Vana-Vandra_vallavalitsus, lk 40
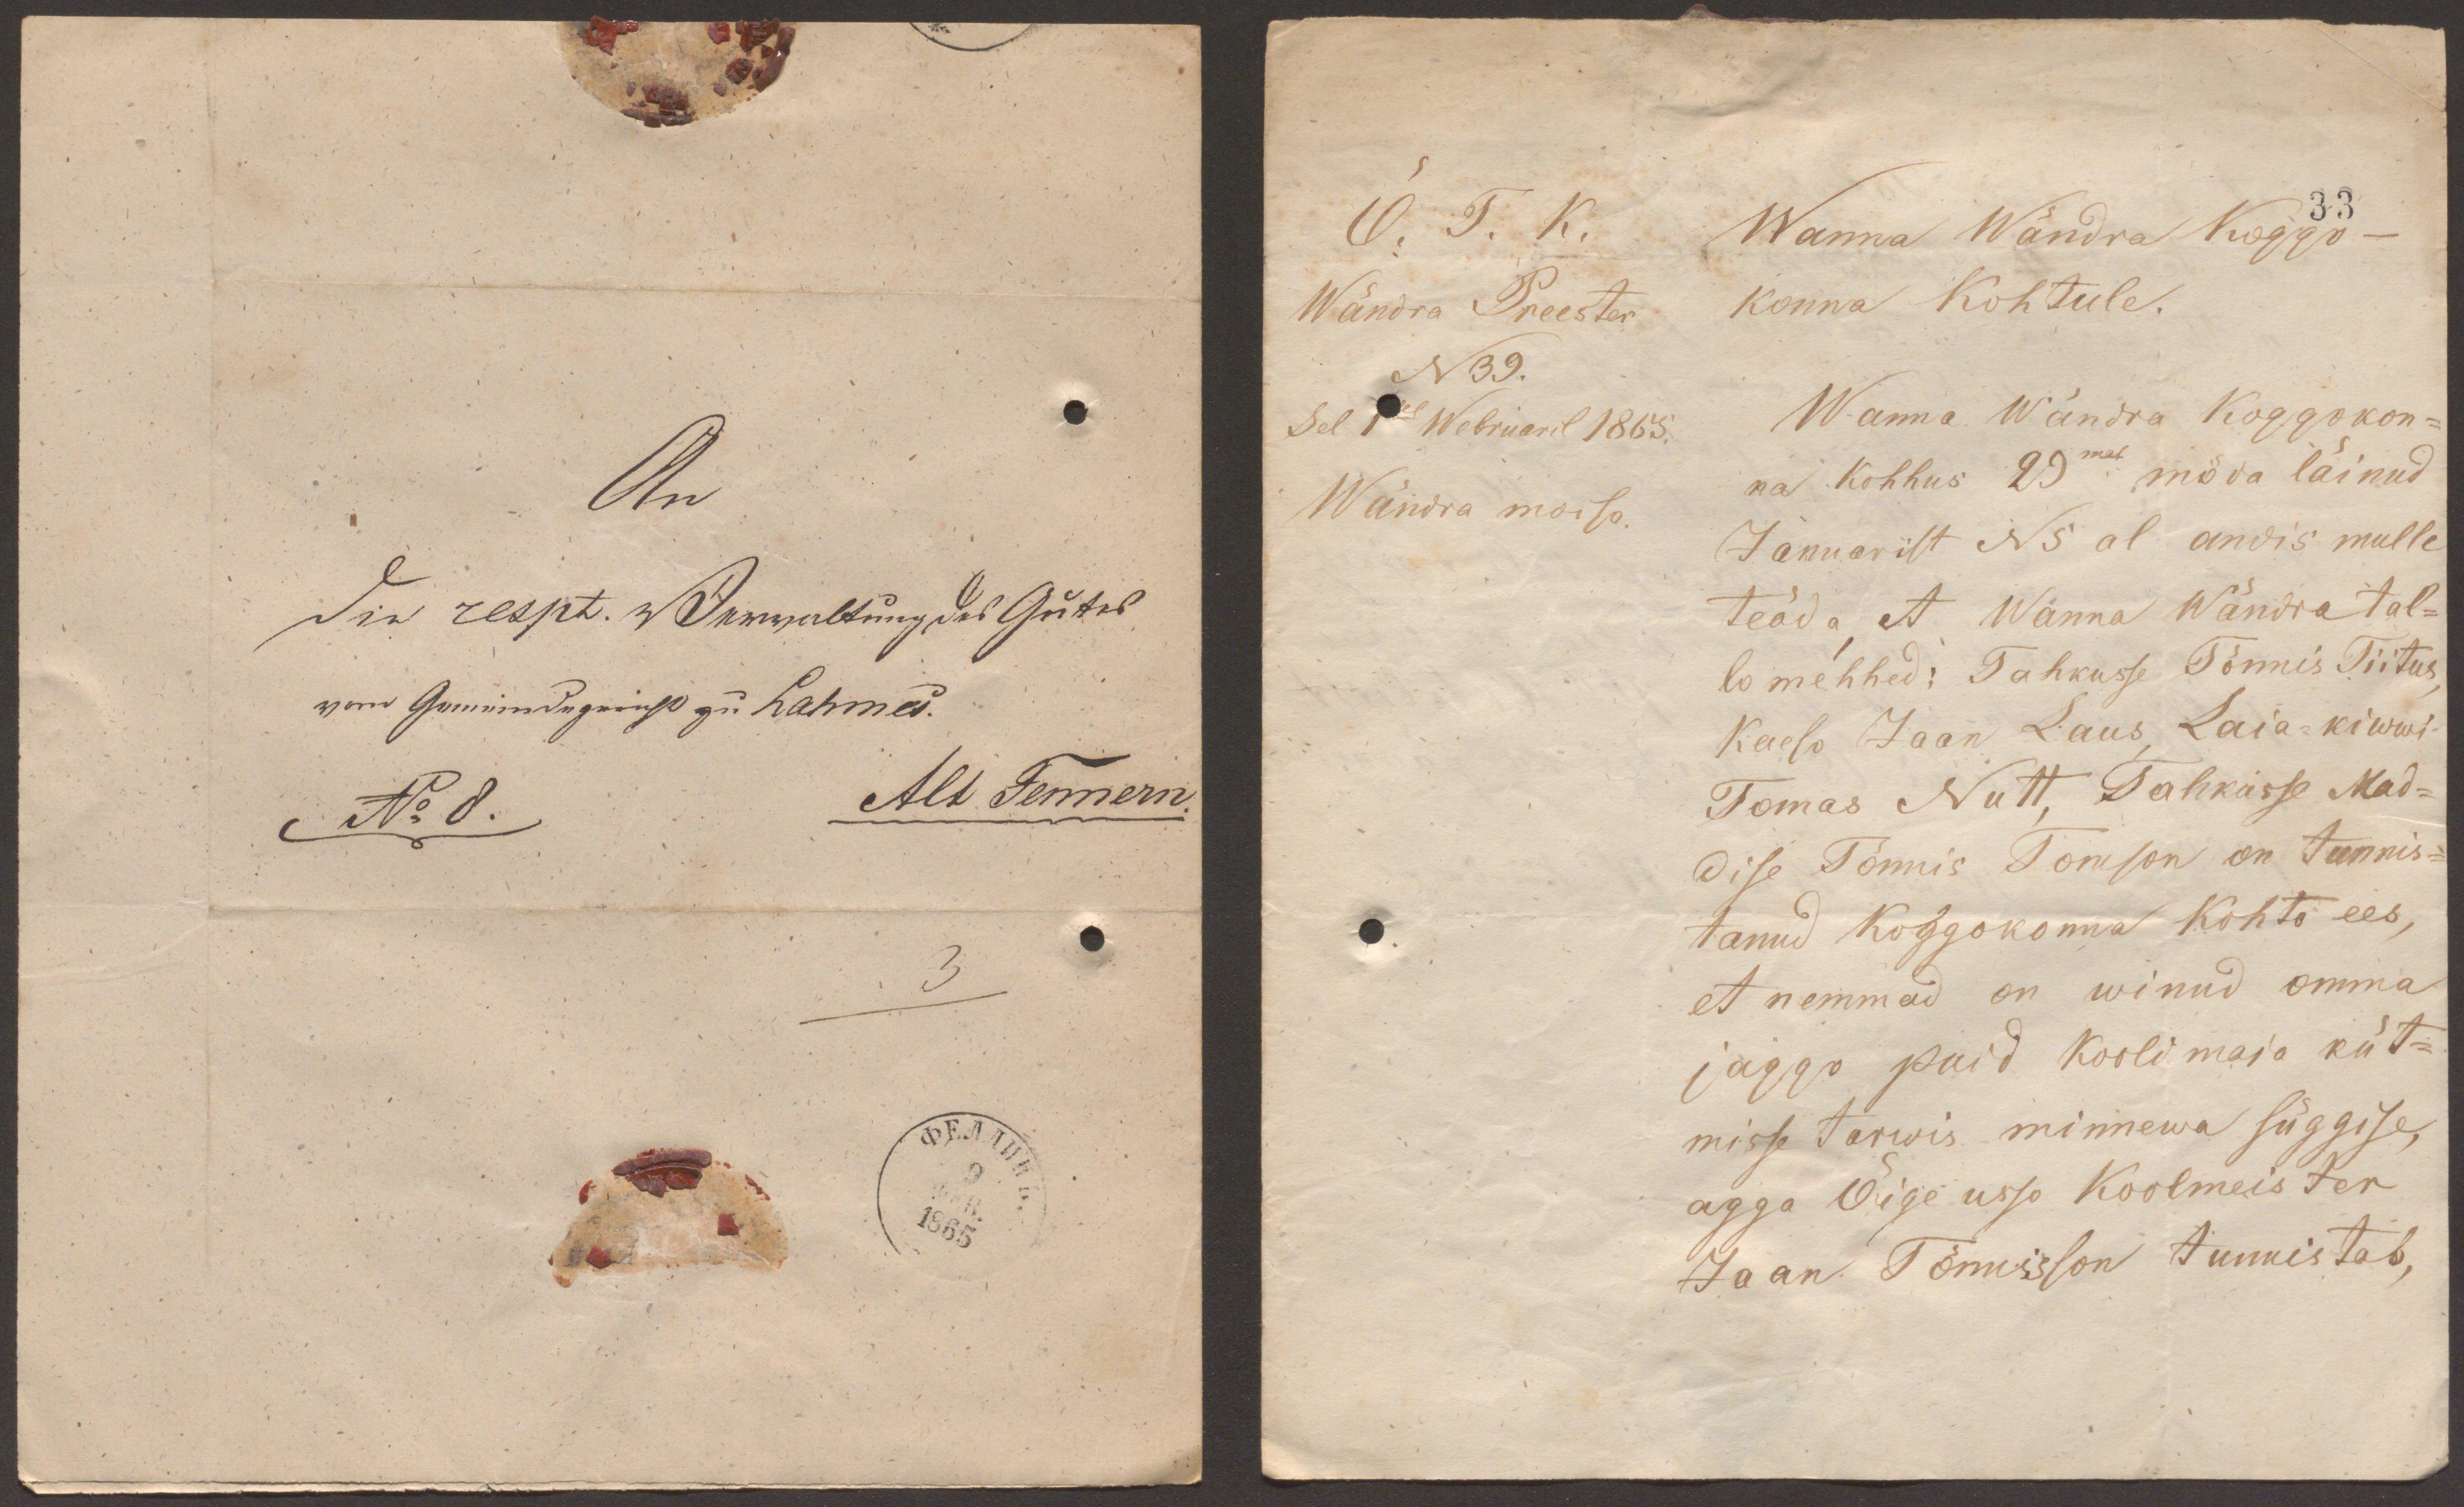
O. T. K.
Wanna Wändra koggo-
33
Wändra Preester
konna Kohtule.
N39.
Sel 1sel Webruaril 1865.
Wanna Wändra Koggokon-
Wändra moisa.
na Kohhus 29mal möda läinud
Januarist N5 al andis mulle
teada, et Wanna Wändra tal-
lo mehhed: Tahkusse Tõnnis Tiitus
Kaeso Jaan Laus, Laia-kiwwi
Tomas Nutt, Tahkisse Mad-
dise Tõnnis Tomson on tunnis-
tanud koggokonna Kohto ees,
et nemmad on winud omma
jaggo puid koolimaja küt-
misse tarwis minnewa süggise
agga Õigeusso Koolmeister-
Jaan Tõnnisson tunnistab,